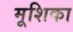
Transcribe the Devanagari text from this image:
मूशिका